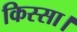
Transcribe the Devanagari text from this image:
किस्सा।